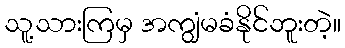
သူ့သားကြမှ အကျွံမခံနိုင်ဘူးတဲ့။